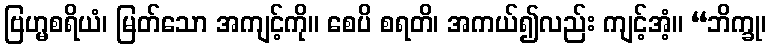
ဗြဟ္မစရိယံ၊ မြတ်သော အကျင့်ကို။ စေပိ စရတိ၊ အကယ်၍လည်း ကျင့်အံ့။ “ဘိက္ခု၊